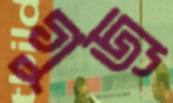
গুজ্‌র